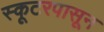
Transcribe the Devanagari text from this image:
स्कूटरपासून